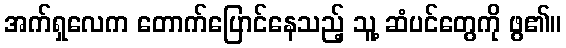
အက်ရှလေက တောက်ပြောင်နေသည့် သူ့ ဆံပင်တွေကို ဖွ၏။